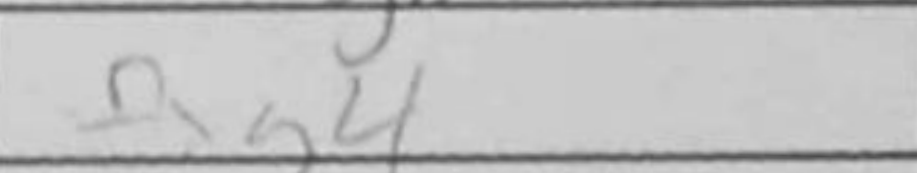
Transcription: Qxg4